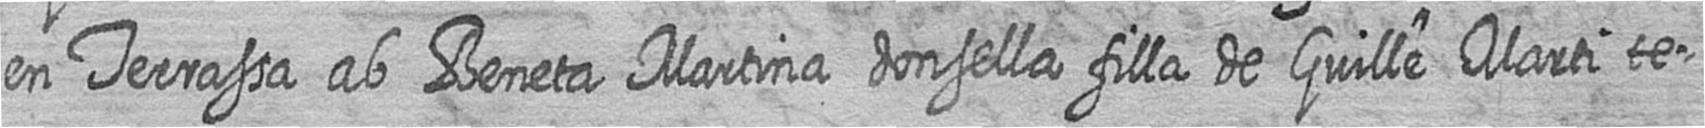
en Terrassa ab Beneta Martina donsella filla de Guille Marti te=